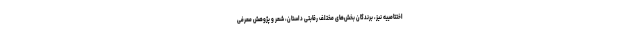
اختتامییه نیز، برندگان بخش‌های مختلف رقابتی داستان، شعر و پژوهش معرفی